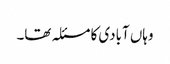
وہاں آبادی کا مسئلہ تھا۔